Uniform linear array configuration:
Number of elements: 48
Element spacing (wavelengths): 1
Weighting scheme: cosine
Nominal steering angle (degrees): -30
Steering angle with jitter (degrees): -30.779
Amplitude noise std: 0.05
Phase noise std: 0.05

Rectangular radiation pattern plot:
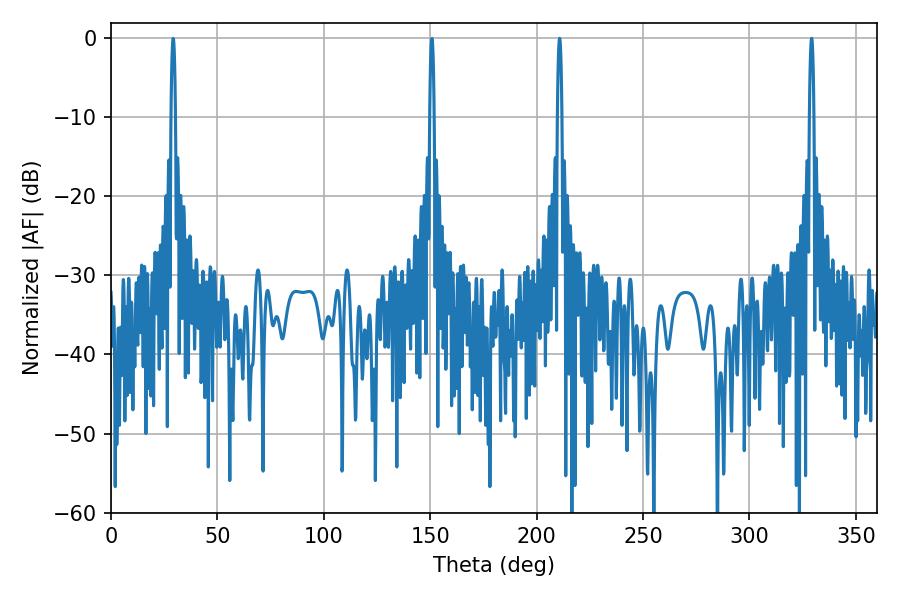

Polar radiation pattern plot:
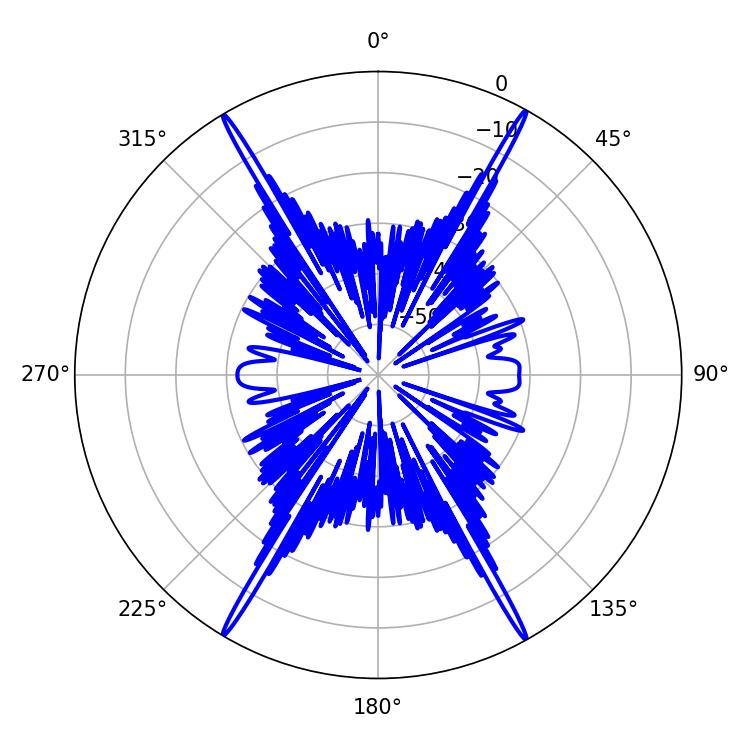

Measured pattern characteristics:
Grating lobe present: TRUE
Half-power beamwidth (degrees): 1.08
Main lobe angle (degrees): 210.78